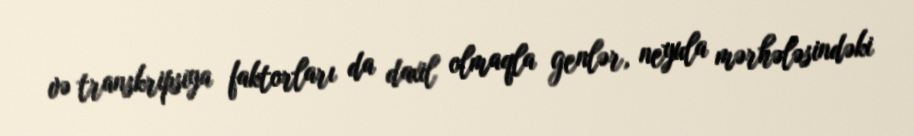
və transkripsiya faktorları da daxil olmaqla genlər, neyula mərhələsindəki